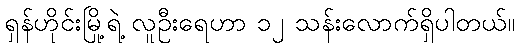
ရှန်ဟိုင်းမြို့ရဲ့ လူဦးရေဟာ ၁၂ သန်းလောက်ရှိပါတယ်။